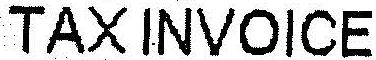
TAX INVOICE